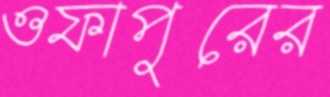
ওফাপুরের